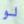
لو